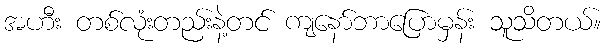
အဟီး တစ်လုံးတည်းနဲ့တင် ကျနော်ဘာပြောမှန်း သူသိတယ်။